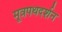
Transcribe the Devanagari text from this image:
मूत्रपथदर्शन